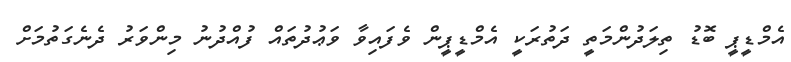
އެމްޑީޕީ ބޮޑު ތިލަދުންމަތީ ދަތުރަކީ އެމްޑީޕީން ވެފައިވާ ވަޢުދުތައް ފުއްދުނު މިންވަރު ދެނެގަތުމަށް